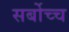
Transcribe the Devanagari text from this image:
सर्बोच्च